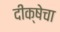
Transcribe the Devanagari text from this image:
दीक्षेचा